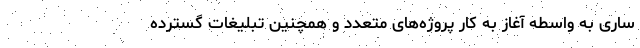
ساری به واسطه آغاز به کار پروژه‌های متعدد و همچنین تبلیغات گسترده